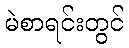
မဲစာရင်းတွင်